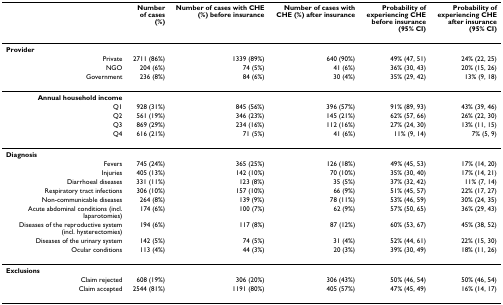
<table><thead><tr><td></td><td><b>Number of cases (%)</b></td><td><b>Number of cases with CHE (%) before insurance</b></td><td><b>Number of cases with CHE (%) after insurance</b></td><td><b>Probability of experiencing CHE before insurance (95% CI)</b></td><td><b>Probability of experiencing CHE after insurance (95% CI)</b></td></tr></thead><tbody><tr><td><b>Provider</b></td><td></td><td></td><td></td><td></td><td></td></tr><tr><td>Private</td><td>2711 (86%)</td><td>1339 (89%)</td><td>640 (90%)</td><td>49% (47, 51)</td><td>24% (22, 25)</td></tr><tr><td>NGO</td><td>204 (6%)</td><td>74 (5%)</td><td>41 (6%)</td><td>36% (30, 43)</td><td>20% (15, 26)</td></tr><tr><td>Government</td><td>236 (8%)</td><td>84 (6%)</td><td>30 (4%)</td><td>35% (29, 42)</td><td>13% (9, 18)</td></tr><tr><td><b>Annual household income</b></td><td></td><td></td><td></td><td></td><td></td></tr><tr><td>Q1</td><td>928 (31%)</td><td>845 (56%)</td><td>396 (57%)</td><td>91% (89, 93)</td><td>43% (39, 46)</td></tr><tr><td>Q2</td><td>561 (19%)</td><td>346 (23%)</td><td>145 (21%)</td><td>62% (57, 66)</td><td>26% (22, 30)</td></tr><tr><td>Q3</td><td>869 (29%)</td><td>234 (16%)</td><td>112 (16%)</td><td>27% (24, 30)</td><td>13% (11, 15)</td></tr><tr><td>Q4</td><td>616 (21%)</td><td>71 (5%)</td><td>41 (6%)</td><td>11% (9, 14)</td><td>7% (5, 9)</td></tr><tr><td><b>Diagnosis</b></td><td></td><td></td><td></td><td></td><td></td></tr><tr><td>Fevers</td><td>745 (24%)</td><td>365 (25%)</td><td>126 (18%)</td><td>49% (45, 53)</td><td>17% (14, 20)</td></tr><tr><td>Injuries</td><td>405 (13%)</td><td>142 (10%)</td><td>70 (10%)</td><td>35% (30, 40)</td><td>17% (14, 21)</td></tr><tr><td>Diarrhoeal diseases</td><td>331 (11%)</td><td>123 (8%)</td><td>35 (5%)</td><td>37% (32, 42)</td><td>11% (7, 14)</td></tr><tr><td>Respiratory tract infections</td><td>306 (10%)</td><td>157 (10%)</td><td>66 (9%)</td><td>51% (45, 57)</td><td>22% (17, 27)</td></tr><tr><td>Non-communicable diseases</td><td>264 (8%)</td><td>139 (9%)</td><td>78 (11%)</td><td>53% (46, 59)</td><td>30% (24, 35)</td></tr><tr><td>Acute abdominal conditions (incl. laparotomies)</td><td>174 (6%)</td><td>100 (7%)</td><td>62 (9%)</td><td>57% (50, 65)</td><td>36% (29, 43)</td></tr><tr><td>Diseases of the reproductive system (incl. hysterectomies)</td><td>194 (6%)</td><td>117 (8%)</td><td>87 (12%)</td><td>60% (53, 67)</td><td>45% (38, 52)</td></tr><tr><td>Diseases of the urinary system</td><td>142 (5%)</td><td>74 (5%)</td><td>31 (4%)</td><td>52% (44, 61)</td><td>22% (15, 30)</td></tr><tr><td>Ocular conditions</td><td>113 (4%)</td><td>44 (3%)</td><td>20 (3%)</td><td>39% (30, 49)</td><td>18% (11, 26)</td></tr><tr><td><b>Exclusions</b></td><td></td><td></td><td></td><td></td><td></td></tr><tr><td>Claim rejected</td><td>608 (19%)</td><td>306 (20%)</td><td>306 (43%)</td><td>50% (46, 54)</td><td>50% (46, 54)</td></tr><tr><td>Claim accepted</td><td>2544 (81%)</td><td>1191 (80%)</td><td>405 (57%)</td><td>47% (45, 49)</td><td>16% (14, 17)</td></tr></tbody></table>